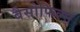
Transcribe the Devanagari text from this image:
बैसोफिल्स